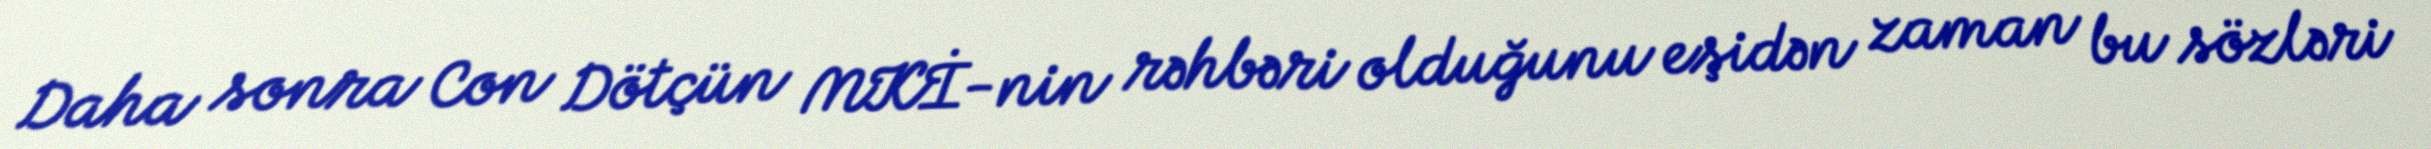
Daha sonra Con Dötçün MKİ-nin rəhbəri olduğunu eşidən zaman bu sözləri